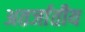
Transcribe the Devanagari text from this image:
अतर्जातीय